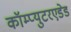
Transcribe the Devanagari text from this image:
कॉम्प्युटरएडेड